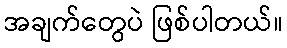
အချက်တွေပဲ ဖြစ်ပါတယ်။